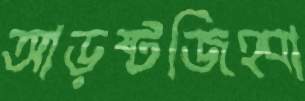
আড়ষ্টজিহ্বা